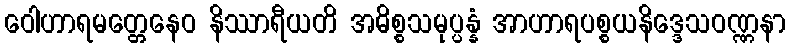
ဝေါဟာရမတ္တေနေဝ နိဿာရီယတိ အဓိစ္စသမုပ္ပန္နံ အာဟာရပစ္စယနိဒ္ဒေသဝဏ္ဏနာ